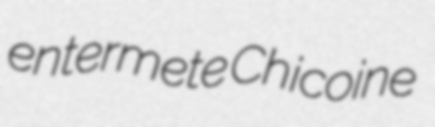
entermete Chicoine